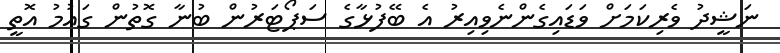
ނަޝީދު ވެރިކަމަށް ވަޑައިގެންނެވިއިރު އެ ބޭފުޅާގެ ސަޕޯޓަރުން ބުނާ ގޮތުން ގައުމު އޮތީ